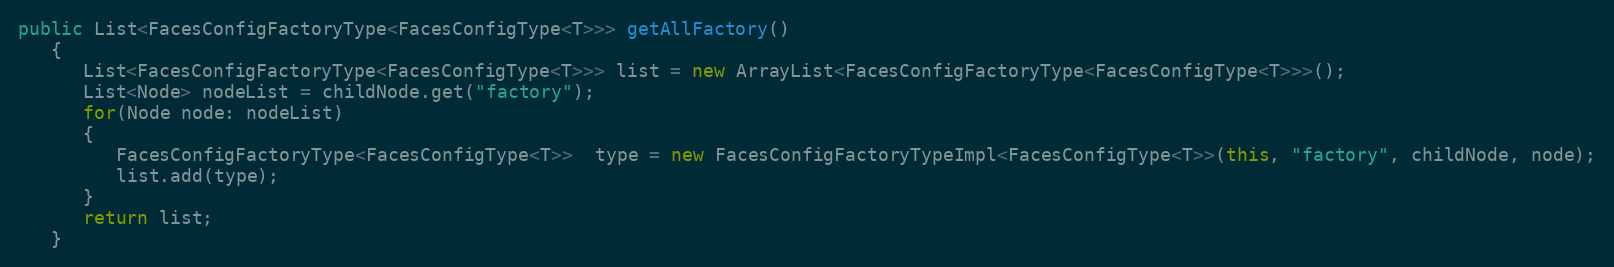
Language: Java
public List<FacesConfigFactoryType<FacesConfigType<T>>> getAllFactory()
   {
      List<FacesConfigFactoryType<FacesConfigType<T>>> list = new ArrayList<FacesConfigFactoryType<FacesConfigType<T>>>();
      List<Node> nodeList = childNode.get("factory");
      for(Node node: nodeList)
      {
         FacesConfigFactoryType<FacesConfigType<T>>  type = new FacesConfigFactoryTypeImpl<FacesConfigType<T>>(this, "factory", childNode, node);
         list.add(type);
      }
      return list;
   }